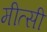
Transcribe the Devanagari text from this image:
मीत्सी